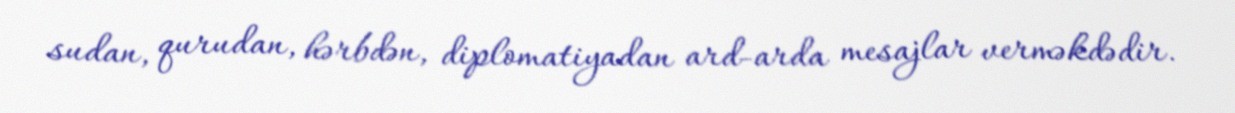
sudan, qurudan, hərbdən, diplomatiyadan ard-arda mesajlar verməkdədir.